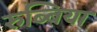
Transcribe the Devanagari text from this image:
रुब्बिया